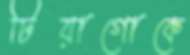
টিয়াগোকে